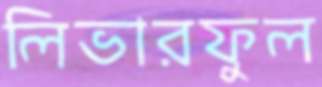
লিভারফুল